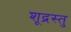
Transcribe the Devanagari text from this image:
शूद्रस्तु